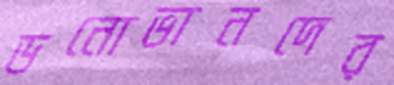
ডনোভানদের